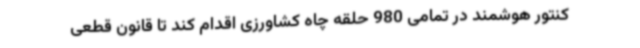
کنتور هوشمند در تمامی 980 حلقه چاه کشاورزی اقدام کند تا قانون قطعی